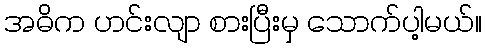
အဓိက ဟင်းလျာ စားပြီးမှ သောက်ပါ့မယ်။